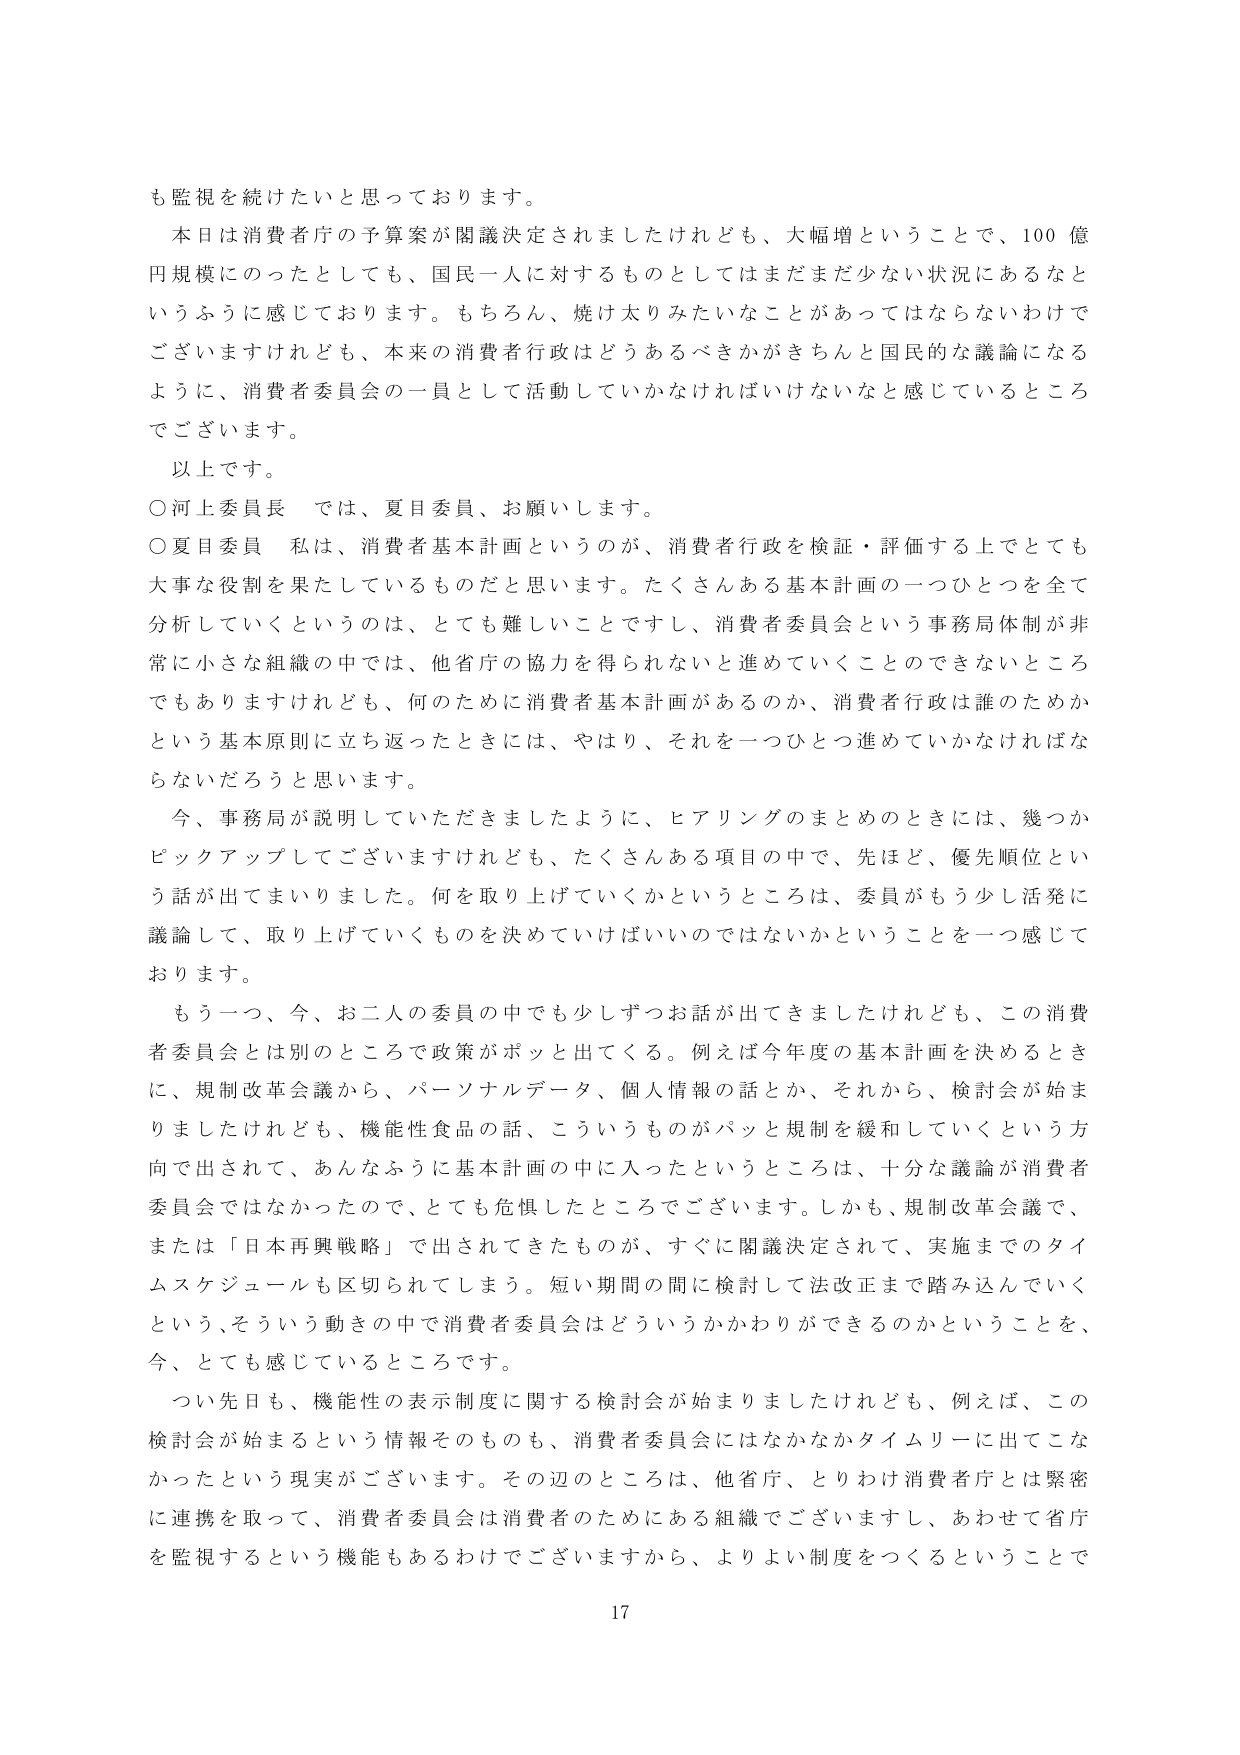
も監視を続けたいと思っております。

本日は消費者庁の予算案が閣議決定されましたけれども、大幅増ということで、100億円規模のったとしても、国民一人に対するものとしてはまだまだ少ない状況にあるなというふうに感じております。もちろん、焼け太りみたいなことがあってはならないわけでございますけれども、本来の消費者行政はどうあるべきかがきちんと国民的な議論になるように、消費者委員会の一員として活動していかなければならないと感じているところでございます。

以上です。

○河上委員長　では、夏目委員、お願いします。

○夏目委員　私は、消費者基本計画というのが、消費者行政を検証・評価する上でも大事な役割を果たしているものだと思います。たくさんある基本計画の一つひとつを全て分析していくというのは、とても難しいことですし、消費者委員会という事務局体制が非常に小さな組織の中では、他省庁の協力を得られないとき進めしていくことのできないところでもありますけれども、何のために消費者基本計画があるのか、消費者行政は誰のためかという基本原則に立ち返ったときには、やはり、それを一つひとつ進めていかなければならないだろうと思います。

今、事務局が説明していただきましたように、ヒアリングのまとめのときには、幾つかピックアップしてございますけれども、たくさんある項目の中で、先ほど、優先順位という話が出てまいりました。何を取り上げていくかというところは、委員がもう少し活発に議論して、取り上げていくものを決めていけばいいのではないかということを一つ感じております。

もう一つ、今、お二人の委員の中でも少しずつお話が出てきましたけれども、この消費者委員会とは別のところで政策がポッと出てくる。例えば今年度の基本計画を決めるときに、規制改革会議から、パーソナルデータ、個人情報の話とか、それから、検討会が始まりましたけれども、機能性食品の話、こういうものがパッと規制を緩和していくという方向で出されて、あんなふうに基本計画の中に入ったというところは、十分な議論が消費者委員会ではなかったので、とても危惧したところでございます。しかも、規制改革会議で、または「日本再興戦略」で出されてきたものが、すぐに閣議決定されて、実施までのタイムスケジュールも区切られてしまう。短い期間の間に検討して法改正まで踏み込んでいくという、そういう動きの中で消費者委員会はどういうかかわりができるのかということを、今、とても感じているところです。

つい先日も、機能性の表示制度に関する検討会が始まりましたけれども、例えば、この検討会が始まるという情報そのものも、消費者委員会にはなかなかタイムリーに出てこなかったという現実がございます。その辺のところは、他省庁、とりわけ消費者庁とは緊密に連携を取って、消費者委員会は消費者のためにある組織でございますし、あわせて省庁を監視するという機能もあるわけですから、よりよい制度をつくるということで

17